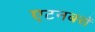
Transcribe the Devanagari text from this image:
एटनबरों